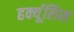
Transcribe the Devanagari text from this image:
हर्क्यूलिस